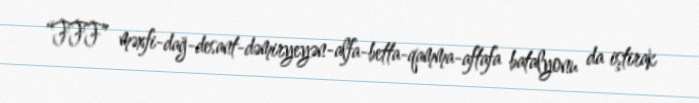
“FFF” məxfi-dağ-desant-dəmiryeyən-alfa-betta-qamma-aftafa batalyonu da iştirak